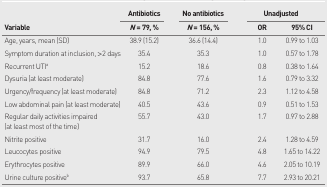
| <ROWSPAN=3> Variable | Antibiotics | No antibiotics | <COLSPAN=2> Unadjusted |
 | N = 79, % | N = 156, % | OR | 95% CI |
 | --- | --- | --- | --- | --- |
 | Age, years, mean (SD) | 38.9 (15.2) | 36.6 (14.4) | 1.0 | 0.99 to 1.03 |
 | Symptom duration at inclusion, >2 days | 35.4 | 35.3 | 1.0 | 0.57 to 1.78 |
 | Recurrent UTIa | 15.2 | 18.6 | 0.8 | 0.38 to 1.64 |
 | Dysuria (at least moderate) | 84.8 | 77.6 | 1.6 | 0.79 to 3.32 |
 | Urgency/frequency (at least moderate) | 84.8 | 71.2 | 2.3 | 1.12 to 4.58 |
 | Low abdominal pain (at least moderate) | 40.5 | 43.6 | 0.9 | 0.51 to 1.53 |
 | Regular daily activities impaired (at least most of the time) | 55.7 | 43.0 | 1.7 | 0.97 to 2.88 |
 | Nitrite positive | 31.7 | 16.0 | 2.4 | 1.28 to 4.59 |
 | Leucocytes positive | 94.9 | 79.5 | 4.8 | 1.65 to 14.22 |
 | Erythrocytes positive | 89.9 | 66.0 | 4.6 | 2.05 to 10.19 |
 | Urine culture positiveb | 93.7 | 65.8 | 7.7 | 2.93 to 20.21 |